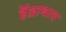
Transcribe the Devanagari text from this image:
हॅद्राबाद